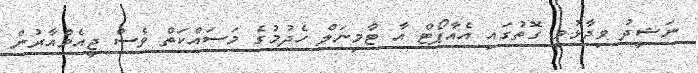
ނަޝީދު ވިދާޅުވި ގޮތުގައި އެއާޕޯޓް އާ ޓާމިނަލް ހެދުމުގެ މަސައްކަތް ވެސް ޖީއެމްއާރުން